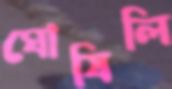
ঘোষিলি